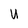
Character: U